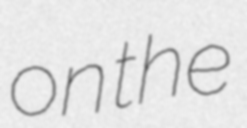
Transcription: on the